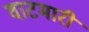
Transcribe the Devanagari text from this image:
वाटमारी